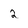
Character: 2